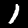
Label: 1